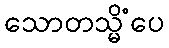
သောတသ္မိံပေ